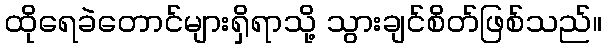
ထိုရေခဲတောင်များရှိရာသို့ သွားချင်စိတ်ဖြစ်သည်။